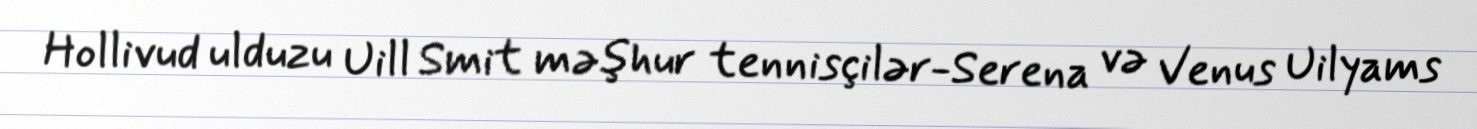
Hollivud ulduzu Uill Smit məşhur tennisçilər-Serena və Venus Uilyams